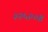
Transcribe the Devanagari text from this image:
२२५२०४